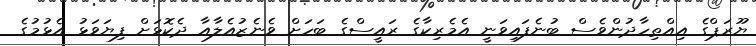
ޔޫރަޕްގެ އިއްތިހާދުންވެސް ބުނެފައިވަނީ އެމެރިކާގެ ރައީސްގެ ބަހަށް ވެނެޒުއެލާއާ ދެކޮޅަށް ފިޔަވަޅު އެޅުމުގެ